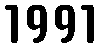
1991